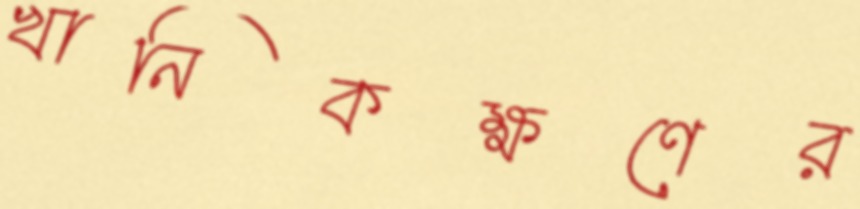
খানিকক্ষণের